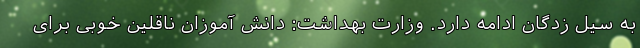
به سیل زدگان ادامه دارد. وزارت بهداشت: دانش آموزان ناقلین خوبی برای